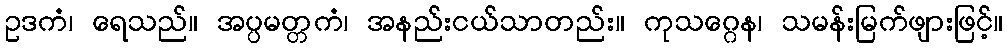
ဥဒကံ၊ ရေသည်။ အပ္ပမတ္တကံ၊ အနည်းငယ်သာတည်း။ ကုသဂ္ဂေန၊ သမန်းမြက်ဖျားဖြင့်။